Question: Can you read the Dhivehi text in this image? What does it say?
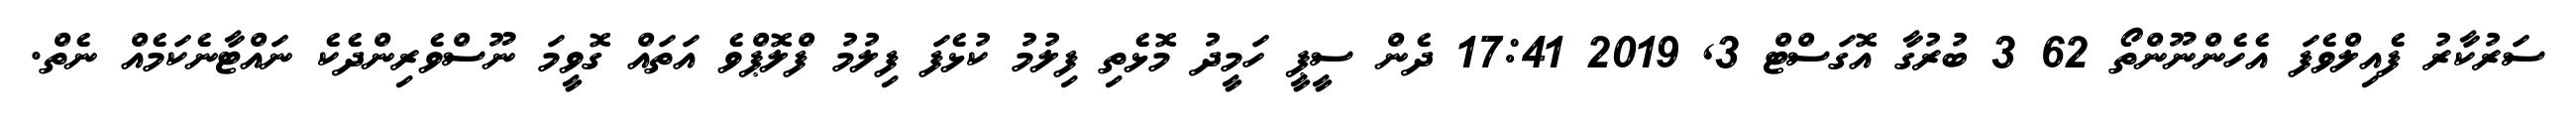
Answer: ސަރުކާރު ފެއިލްވެފަ އެހެންނޫންތޯ 62 3 ބުރުގާ އޮގަސްޓް 3, 2019 17:41 ދެން ސީޕީ ހަމީދު މޮޅެތި ފިލުމު ކުޅެފަ ފިލުމު ފްލޮޕްވެ އަތައް ގޮވީމަ ނޫސްވެރިންދެކެ ނައްޓާނެކަމެއް ނެތް.